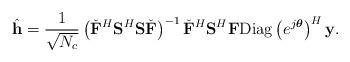
LaTeX: \begin{align*}\hat{\mathbf{h}} = \frac{1}{\sqrt{N_c}}\left(\check{\mathbf{F}}^{H}\mathbf{S}^H\mathbf{S}\check{\mathbf{F}}\right)^{-1}\check{\mathbf{F}}^{H}\mathbf{S}^H\mathbf{F}\mathrm{Diag}\left(e^{j\boldsymbol{\theta}}\right)^H\mathbf{y}.\end{align*}